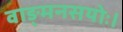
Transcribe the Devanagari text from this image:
वाङ्मनसयोः।